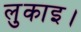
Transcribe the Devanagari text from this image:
लुकाइ।